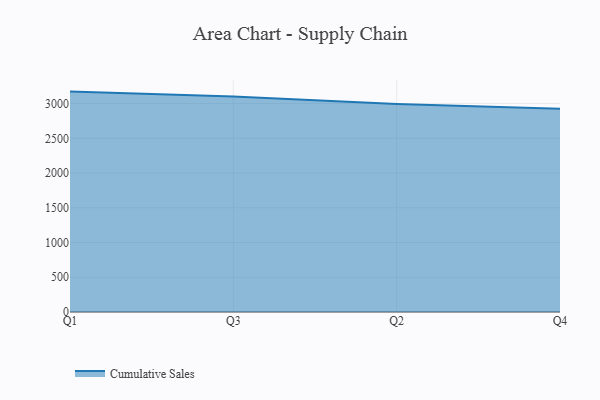
{"axis": {"x": "Quarter", "y": "Inventory Turnover"}, "legend": ["Cumulative Sales"], "data": [{"x": "Q1", "y": 3172.2, "type": "Cumulative Sales"}, {"x": "Q3", "y": 3102.5, "type": "Cumulative Sales"}, {"x": "Q2", "y": 2992.3, "type": "Cumulative Sales"}, {"x": "Q4", "y": 2926.5, "type": "Cumulative Sales"}]}